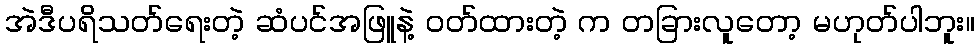
အဲဒီပရိသတ်ရေးတဲ့ ဆံပင်အဖြူနဲ့ ဝတ်ထားတဲ့ က တခြားလူတော့ မဟုတ်ပါဘူး။